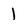
Character: 1